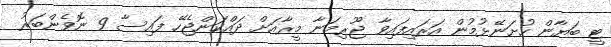
ޓީ ބަޔާން ހުށަނޭޅުމުން އަރައިފައިވާ ޖޫރިމަނާ މީރާއަށް ދައްކަންޖެހޭ ފައިސާ 9 ނޮވެންބަރު